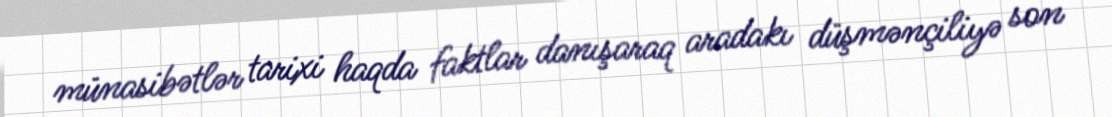
münasibətlər tarixi haqda faktlar danışaraq aradakı düşmənçiliyə son